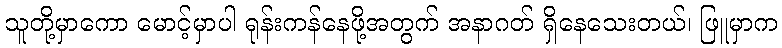
သူတို့မှာကော မောင့်မှာပါ ရုန်းကန်နေဖို့အတွက် အနာဂတ် ရှိနေသေးတယ်၊ ဖြူမှာက